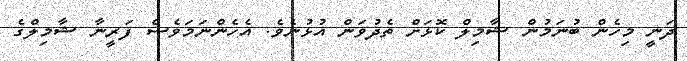
ދަނީ މިހެން ބުނަމުން ޝާމިލް ކޮޅަށް ތެދުވަން އުޅުނެވެ. އެހެންނަމަވެސް ފަރީނާ ޝާމިލްގެ